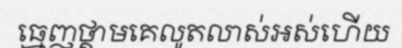
ធ្មេញថ្គាមគេលូតលាស់អស់ហើយ